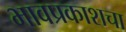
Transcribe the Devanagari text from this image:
भावप्रकाशचा